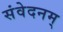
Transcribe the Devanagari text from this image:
संवेदनम्‌